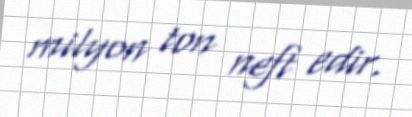
milyon ton neft edir.